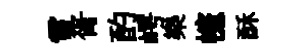
雷胥酌崿樂幰酥